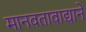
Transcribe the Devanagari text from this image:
मानवतावाद्याने